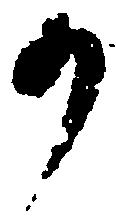
か